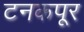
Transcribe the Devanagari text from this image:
टनकपूर